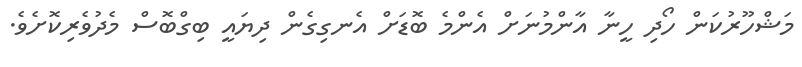
މަޝްހޫރުކަން ހޯދި ހީނާ އާންމުނަށް އެންމެ ބޮޑަށް އެނގިގެން ދިޔައީ ބިގްބޮސް މެދުވެރިކޮށެވެ.